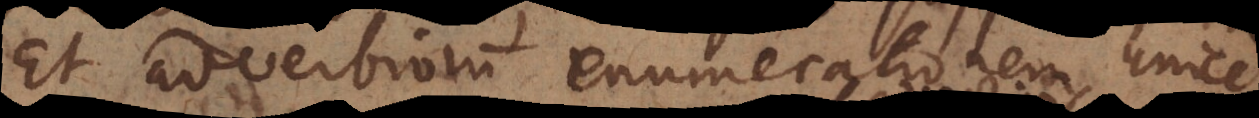
Et adverbiorum enumerationem unice